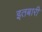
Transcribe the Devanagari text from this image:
इतबारी